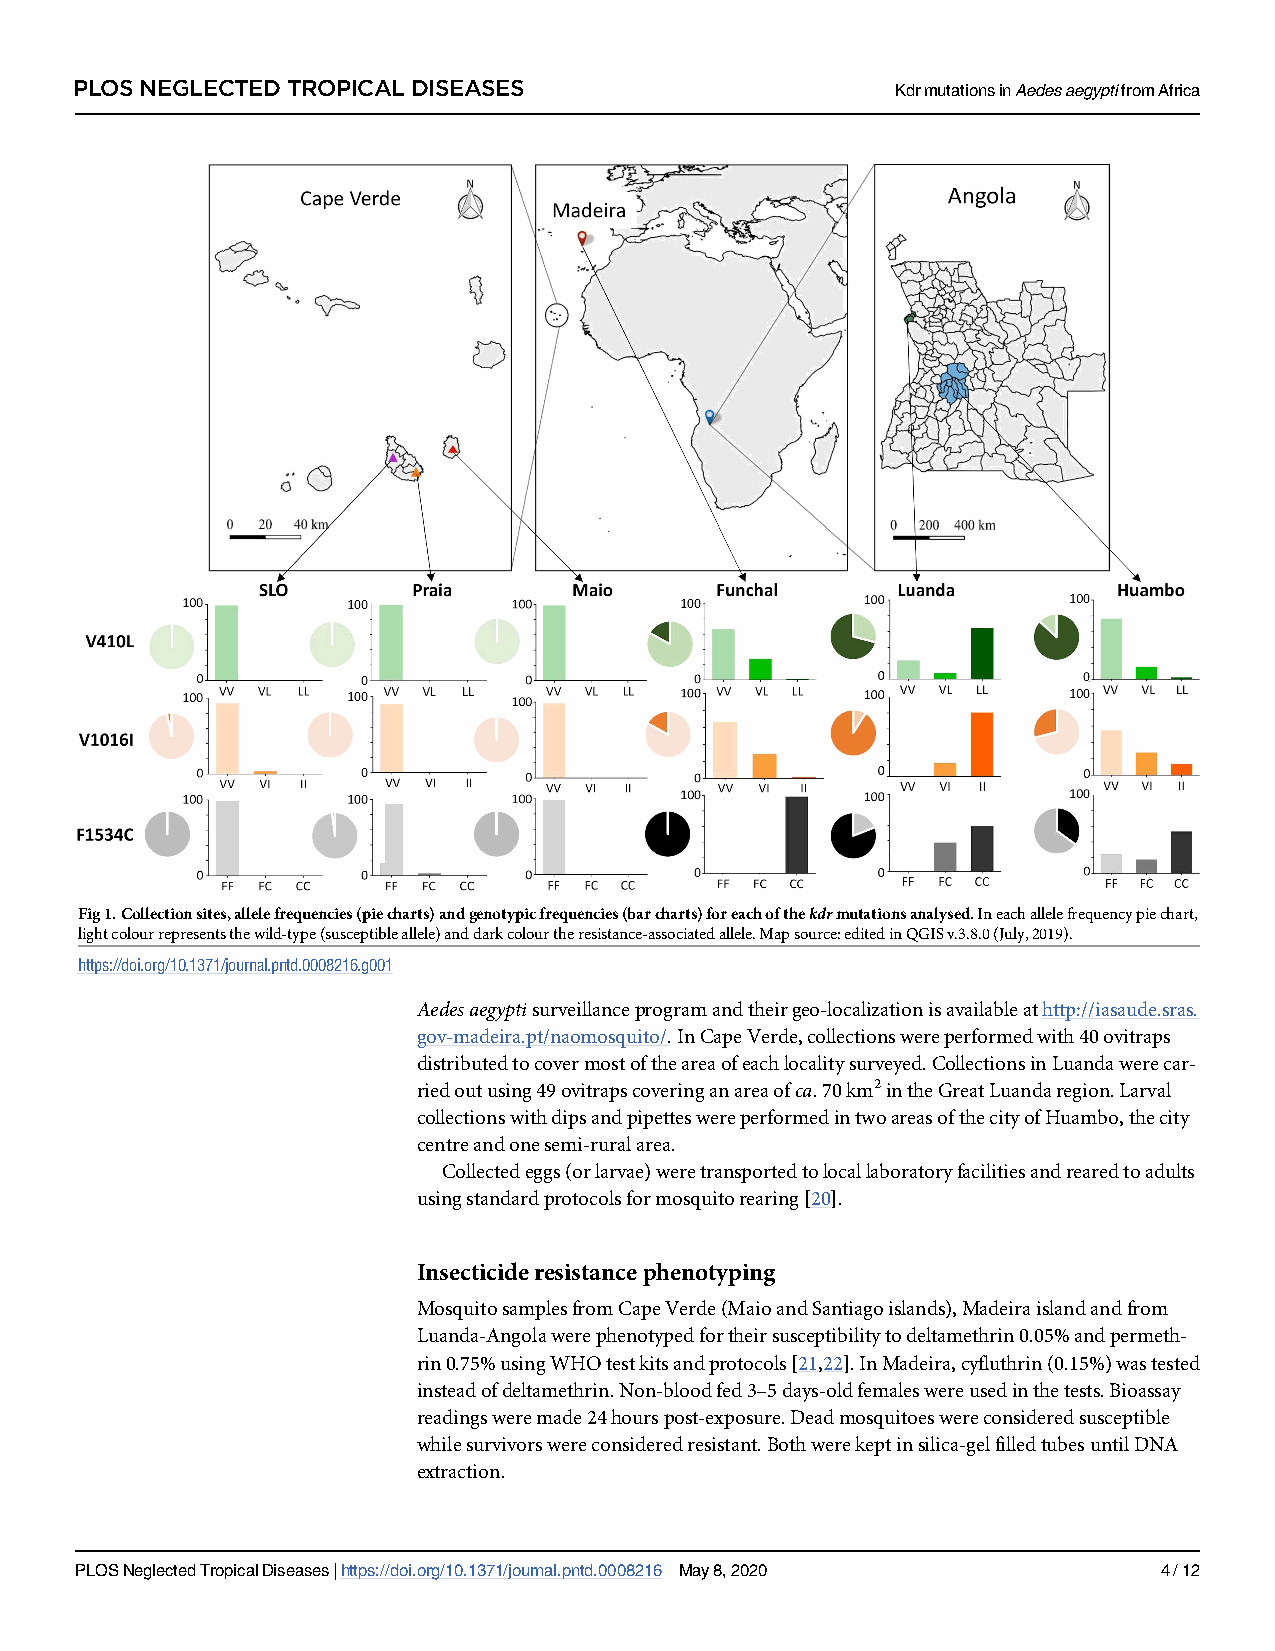
PLOS NEGLECTED TROPICAL DISEASES                      KdrmutationsinAedesaegyptifromAfrica
 Fig1.Collectionsites,allelefrequencies(piecharts)andgenotypicfrequencies(barcharts)foreachofthekdrmutationsanalysed.Ineachallelefrequencypiechart,
 lightcolourrepresentsthewild-type(susceptibleallele)anddarkcolourtheresistance-associatedallele.Mapsource:editedinQGISv.3.8.0(July,2019).
 https://doi.org/10.1371/journal.pntd.0008216.g001
 Aedesaegyptisurveillanceprogramandtheirgeo-localizationisavailableathttp://iasaude.sras.
 gov-madeira.pt/naomosquito/.InCapeVerde,collectionswereperformedwith40ovitraps
 distributedtocovermostoftheareaofeachlocalitysurveyed.CollectionsinLuandawerecar-
 riedoutusing49ovitrapscoveringanareaofca.70km2intheGreatLuandaregion.Larval
 collectionswithdipsandpipetteswereperformedintwoareasofthecityofHuambo,thecity
 centreandonesemi-ruralarea.
 Collectedeggs(orlarvae)weretransportedtolocallaboratoryfacilitiesandrearedtoadults
 usingstandardprotocolsformosquitorearing[20].
 Insecticideresistancephenotyping
 MosquitosamplesfromCapeVerde(MaioandSantiagoislands),Madeiraislandandfrom
 Luanda-Angolawerephenotypedfortheirsusceptibilitytodeltamethrin0.05%andpermeth-
 rin0.75%usingWHOtestkitsandprotocols[21,22].InMadeira,cyfluthrin(0.15%)wastested
 insteadofdeltamethrin.Non-bloodfed3–5days-oldfemaleswereusedinthetests.Bioassay
 readingsweremade24hourspost-exposure.Deadmosquitoeswereconsideredsusceptible
 whilesurvivorswereconsideredresistant.Bothwerekeptinsilica-gelfilledtubesuntilDNA
 extraction.
 PLOSNeglectedTropicalDiseases|https://doi.org/10.1371/journal.pntd.0008216 May8,2020 4/12